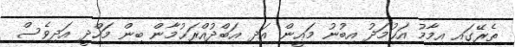
ތެރޭގައި އިމާމު އަޙުމަދު އިބުނު މަޢީން އަދި ޢަބްދުއްރަޙުމާން ބިން މަހްދީ އަދިވެސް